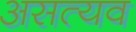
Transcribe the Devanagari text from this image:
असत्यव